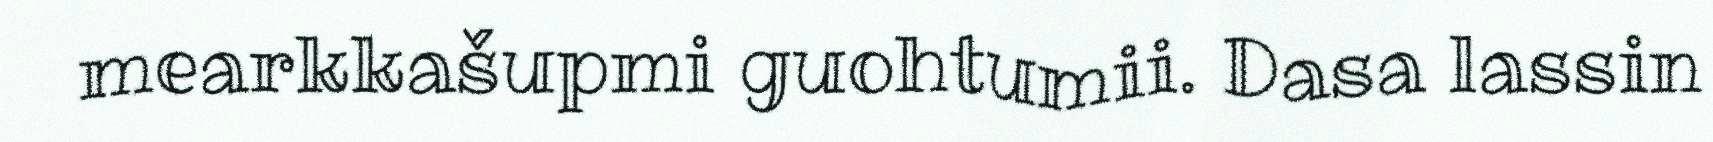
mearkkašupmi guohtumii. Dasa lassin